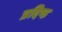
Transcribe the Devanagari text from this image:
प्रदिष्ठ